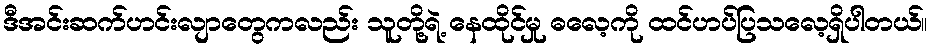
ဒီအင်းဆက်ဟင်းလျာတွေကလည်း သူတို့ရဲ့ နေထိုင်မှု ဓလေ့ကို ထင်ဟပ်ပြသလေ့ရှိပါတယ်။